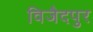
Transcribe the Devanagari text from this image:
विजैदपुर